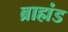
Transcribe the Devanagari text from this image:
ब्राह्मंड